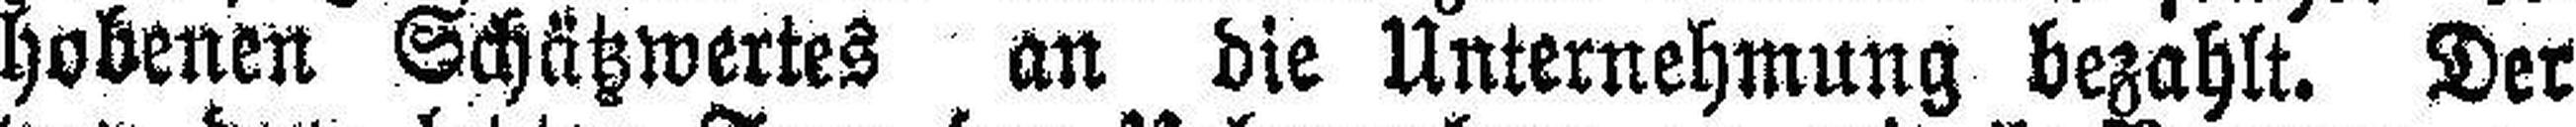
hobenen Schätzwertes an die Unternehmung bezahlt. Der